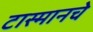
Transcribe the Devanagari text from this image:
टास्मानचे